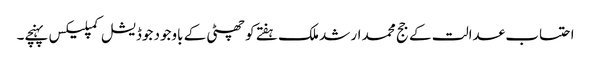
احتساب عدالت کے جج محمد ارشد ملک ہفتے کو چھٹی کے باوجود جوڈیشل کمپلیکس پہنچے۔